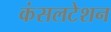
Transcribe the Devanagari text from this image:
कंसलटेशन